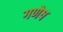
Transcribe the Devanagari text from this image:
गणेष